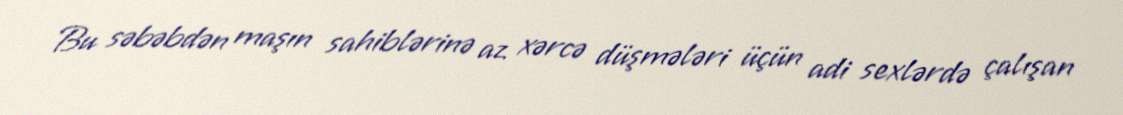
Bu səbəbdən maşın sahiblərinə az xərcə düşmələri üçün adi sexlərdə çalışan